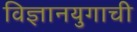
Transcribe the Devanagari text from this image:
विज्ञानयुगाची